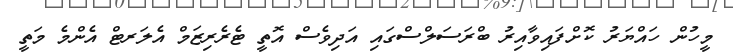
މީހުން ހައްޔަރު ކޮށްފައިވާއިރު ބްރަސަލްސްގައި އަދިވެސް އޮތީ ޓެރެރިޒަމް އެލަރޓް އެންމެ މަތީ